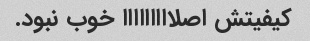
کیفیتش اصلااااااااا خوب نبود.